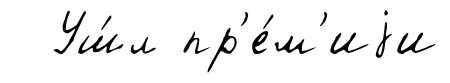
Уш́л пр'е́м'иjи